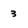
Character: 3